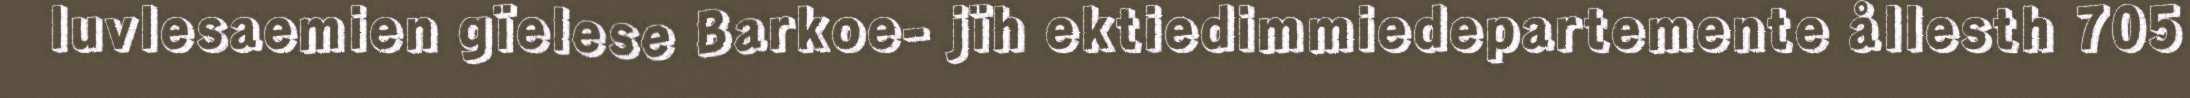
luvlesaemien gïelese Barkoe- jïh ektiedimmiedepartemente ållesth 705